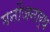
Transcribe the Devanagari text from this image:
मनोंजनार्थ